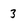
Character: 3